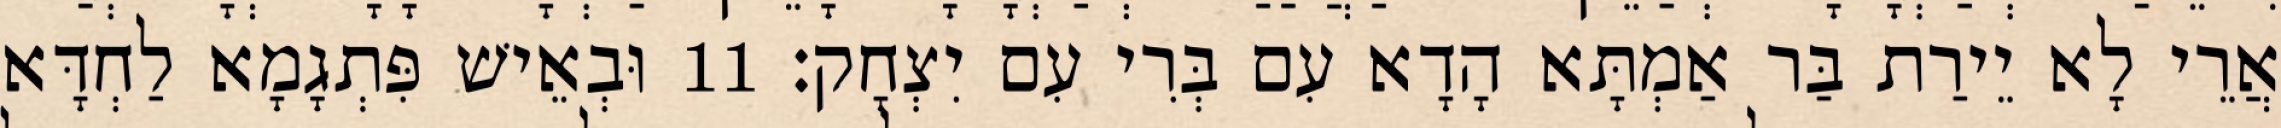
אֲרֵי לָא יֵירַת בַּר אַמְתָּא הָדָא עִם בְּרִי עִם יִצְחָק׃ 11 וּבְאֵישׁ פִּתְגָמָא לַחְדָּא